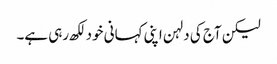
لیکن آج کی دلہن اپنی کہانی خود لکھ رہی ہے۔